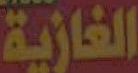
الغازية